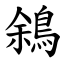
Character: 䳜